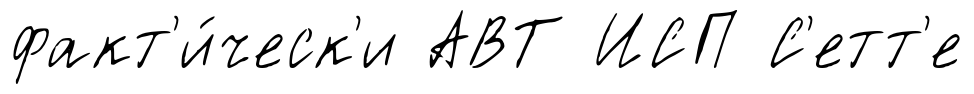
факт'и́ческ'и АВТ ИСП С'етт'е